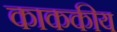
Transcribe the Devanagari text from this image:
काककीय